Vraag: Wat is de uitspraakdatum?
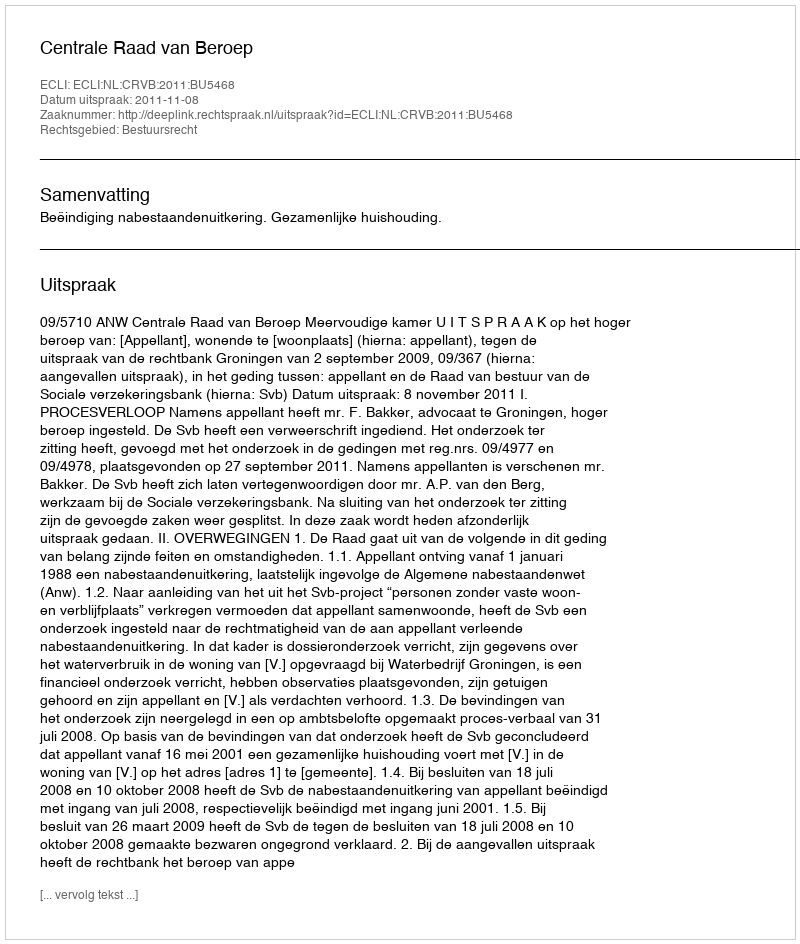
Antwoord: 2011-11-08